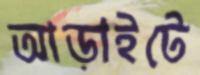
আড়াইটে